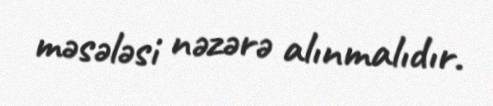
məsələsi nəzərə alınmalıdır.